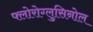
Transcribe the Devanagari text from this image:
फ्लोरोग्लुसिनोल